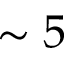
\sim 5